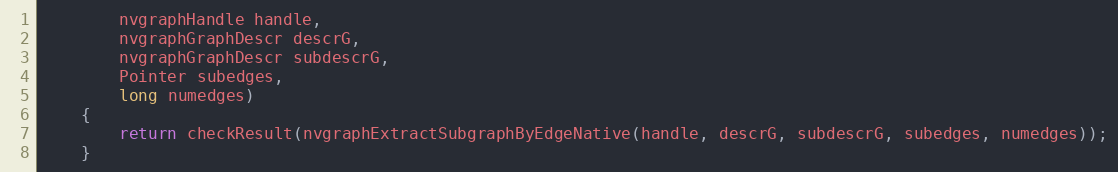
Language: Java
        nvgraphHandle handle,
        nvgraphGraphDescr descrG,
        nvgraphGraphDescr subdescrG,
        Pointer subedges,
        long numedges)
    {
        return checkResult(nvgraphExtractSubgraphByEdgeNative(handle, descrG, subdescrG, subedges, numedges));
    }